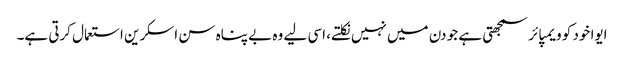
ایوا خود کو ویمپائر سمجھتی ہے جو دن میں نہیں نکلتے، اسی لیے وہ بے پناہ سن اسکرین استعمال کرتی ہے۔